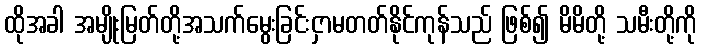
ထိုအခါ အမျိုးမြတ်တို့အသက်မွေးခြင်းငှာမတတ်နိုင်ကုန်သည် ဖြစ်၍ မိမိတို့ သမီးတို့ကို